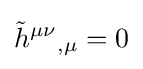
{\tilde {h}}^{\mu \nu }{}_{,\mu }=0